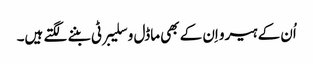
اُن کے ہیرو اِن کے بھی ماڈل و سلیبرٹی بننے لگتے ہیں۔